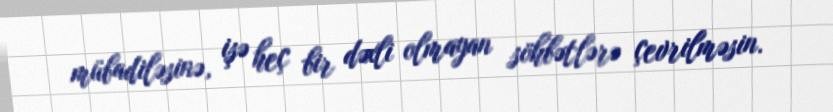
mübadiləsinə, işə heç bir dəxli olmayan söhbətlərə çevrilməsin.